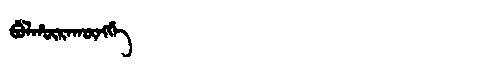
Manchu: ᠪᡠᠯᡥᡡᡵᠠᡴᡡᠩᡤᡝ
Romanization: BULHŪRAKŪNGGE